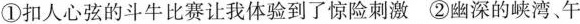
①扣人心弦的斗牛比赛让我体验到了惊险刺激②幽深的峡湾、午